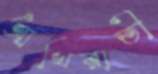
আখিরাতী